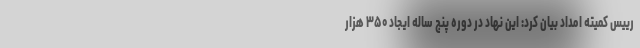
رییس کمیته امداد بیان کرد: این نهاد در دوره پنج ساله ایجاد ۳۵۰ هزار